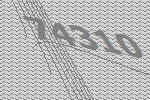
74310